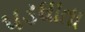
પડઘાતા